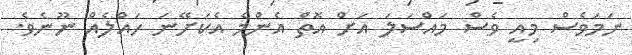
ނަމަވެސް މިއީ ވެސް މައްސަލަ އަށް އޮތް އެންމެ އެކަށޭނަ ހައްލެއް ނޫނެވެ.